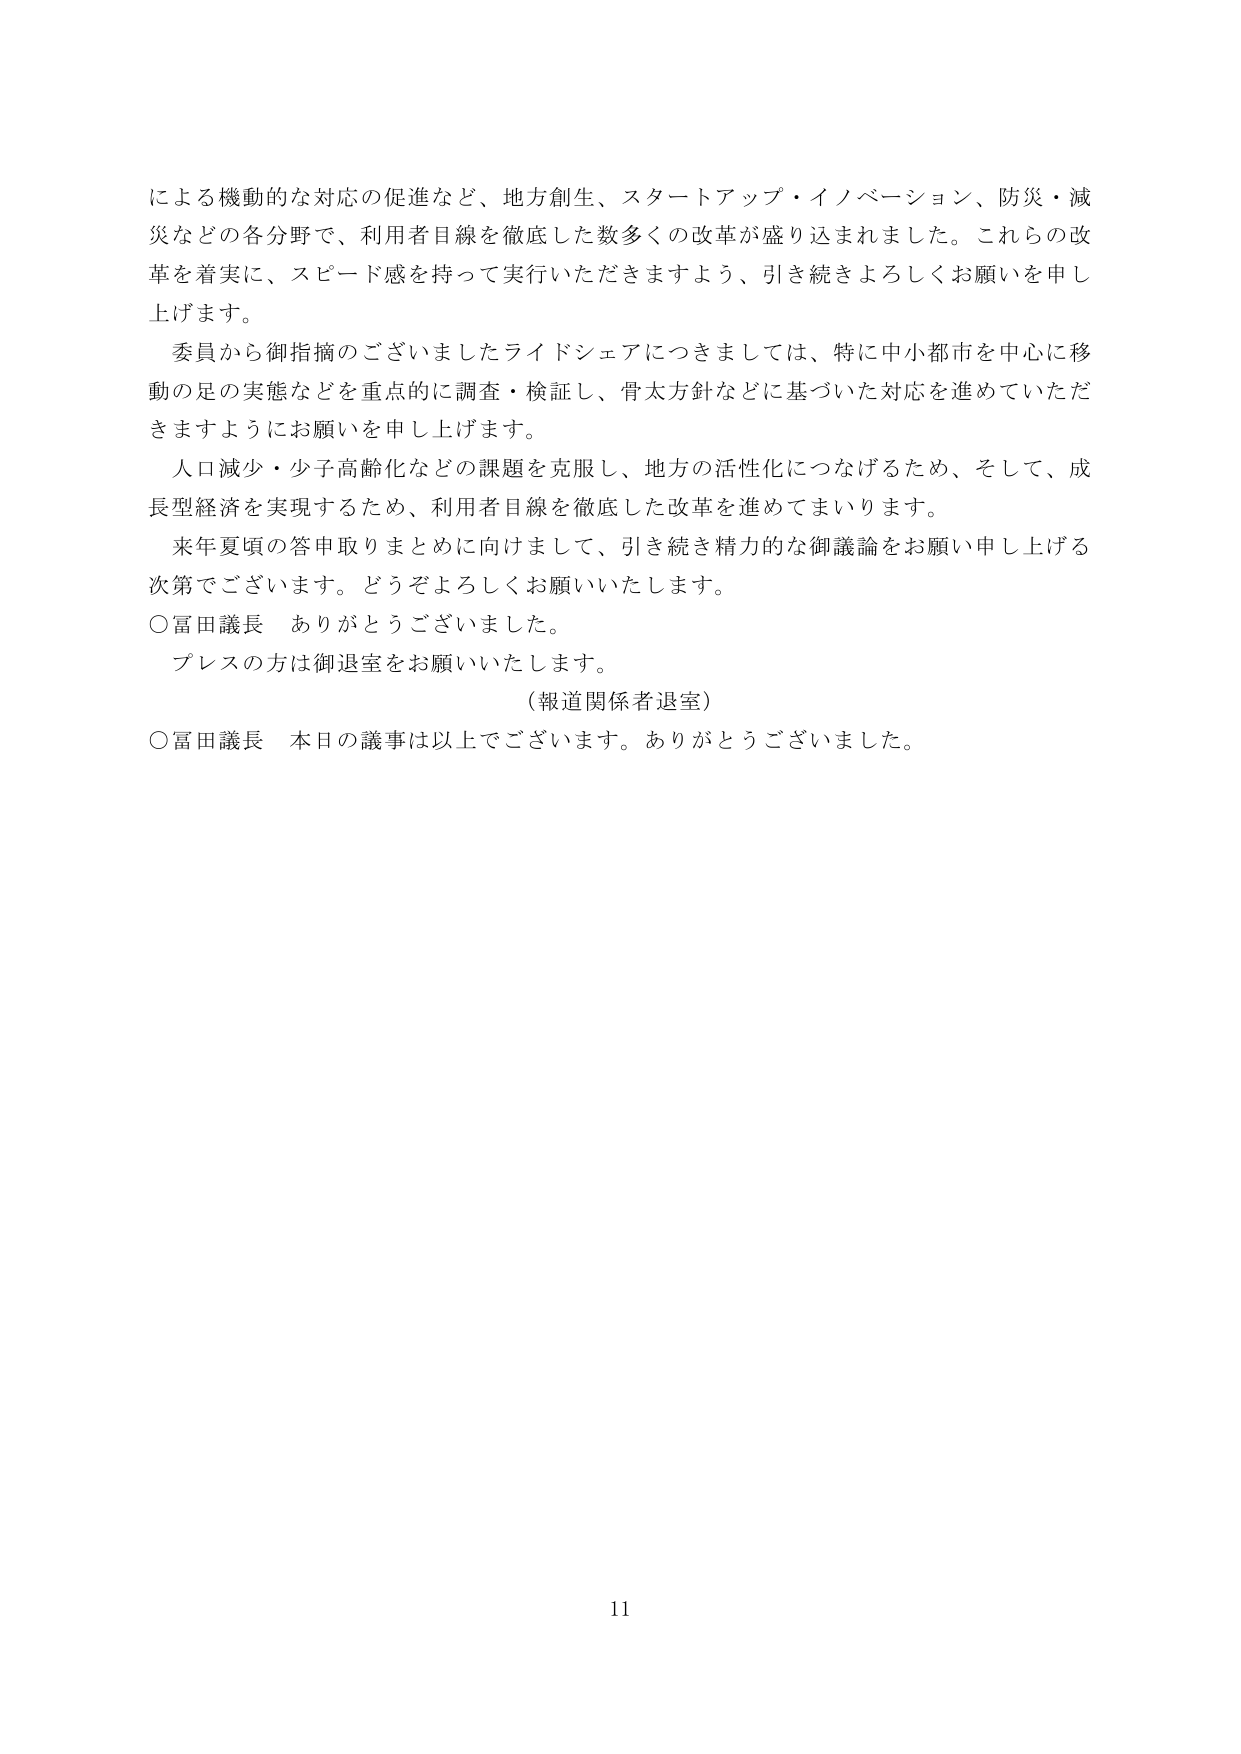
による機動的な対応の促進など、地方創生、スタートアップ・イノベーション、防災・減災などの各分野で、利用者目線を徹底した数多くの改革が盛り込まれました。これらの改革を着実に、スピード感を持って実行いただきますよう、引き続きよろしくお願いを申し上げます。

委員から御指摘のございましたライドシェアにつきましては、特に中小都市を中心に移動の足の実態などを重点的に調査・検証し、骨太方針などに基づいた対応を進めていただきますようにお願いを申し上げます。

人口減少・少子高齢化などの課題を克服し、地方の活性化につなげるため、そして、成長型経済を実現するため、利用者目線を徹底した改革を進めてまいります。

来年夏頃の答申取りまとめに向けまして、引き続き精力的な御議論をお願い申し上げる次第でございます。どうぞよろしくお願いいたします。

○冨田議長　ありがとうございました。

プレスの方は御退室をお願いいたします。

（報道関係者退室）

○冨田議長　本日の議事は以上でございます。ありがとうございました。

11